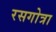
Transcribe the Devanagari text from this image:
रसगोत्रा